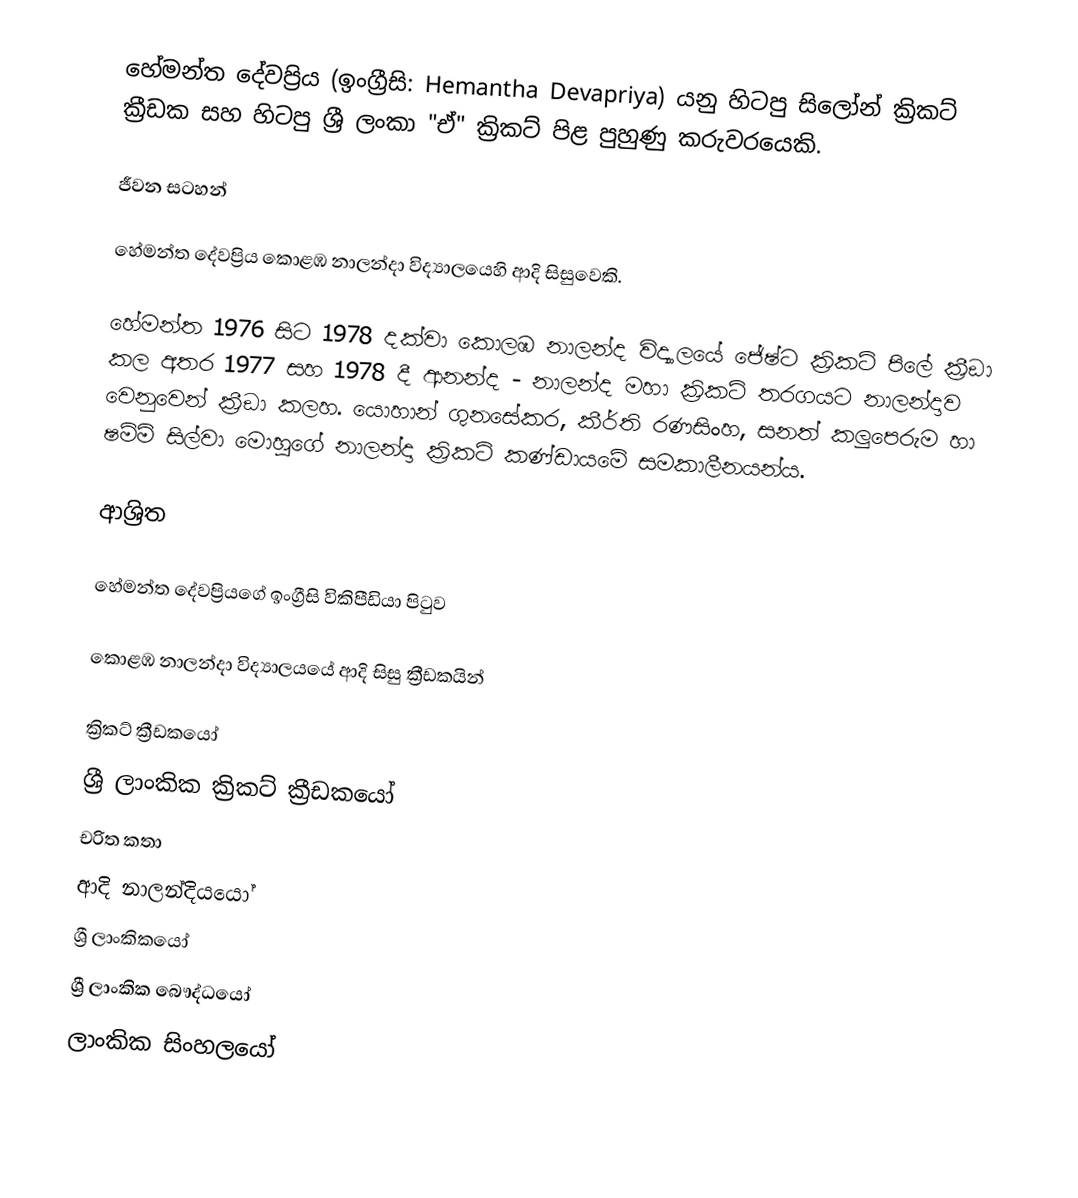
හේමන්ත දේවප්‍රිය (ඉංග්‍රීසි: Hemantha Devapriya) යනු හිටපු සිලෝන් ක්‍රිකට් ක්‍රීඩක සහ හිටපු ශ්‍රී ලංකා "ඒ" ක්‍රිකට් පිළ පුහුණු කරුවරයෙකි.

ජීවන සටහන්

හේමන්ත දේවප්‍රිය  කොළඹ නාලන්දා විද්‍යා‍ලයෙහි ආදි සිසුවෙකි.

හේමන්ත 1976 සිට 1978 දක්වා  කොලඹ නාලන්ද  විද්‍යාලයේ  ජේෂ්ට ක්‍රිකට් පිලේ ක්‍රීඞා  කල අතර 1977 සහ 1978 දී ආනන්ද - නාලන්ද මහා ක්‍රිකට් තරගයට නාලන්දාව වෙනුවෙන් ක්‍රීඞා කලහ.  යොහාන් ගුනසේකර, කීර්ති රණසිංහ, සනත් කලුපෙරුම හා  ෂම්මි සිල්වා මොහුගේ නාලන්දා ක්‍රිකට් කණ්ඩායමේ සමකාලීනයන්ය.

ආශ්‍රිත

 හේමන්ත දේවප්‍රියගේ ඉංග්‍රීසි විකිපීඩියා පිටුව

 කොළඹ නාලන්දා විද්‍යාලයයේ ආදි සිසු ක්‍රීඩකයින්

ක්‍රිකට් ක්‍රීඩකයෝ
ශ්‍රී ලාංකික ක්‍රිකට් ක්‍රීඩකයෝ
චරිත කතා
ආදි නාලන්දියයෝ
ශ්‍රී ලාංකිකයෝ
ශ්‍රී ලාංකික බෞද්ධයෝ
ලාංකික සිංහලයෝ